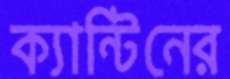
ক্যান্টিনের